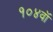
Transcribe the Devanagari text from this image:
१०४वॉ